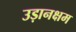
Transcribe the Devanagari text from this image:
उड़ानक्षम